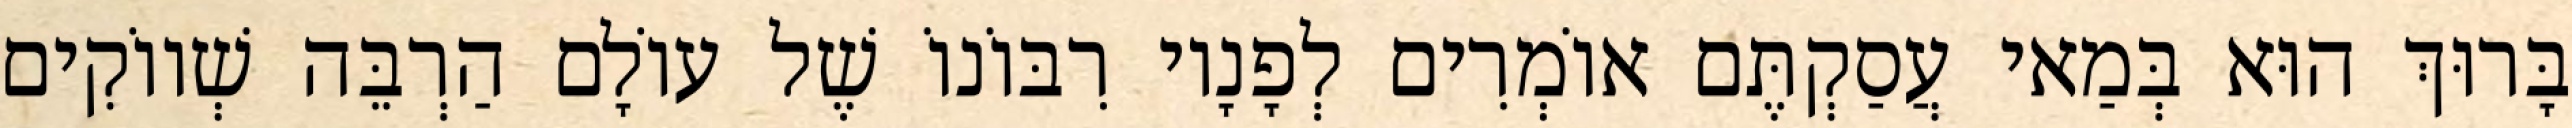
בָּרוּךְ הוּא בְּמַאי עֲסַקְתֶּם אוֹמְרִים לְפָנָיו רִבּוֹנוֹ שֶׁל עוֹלָם הַרְבֵּה שְׁווֹקִים